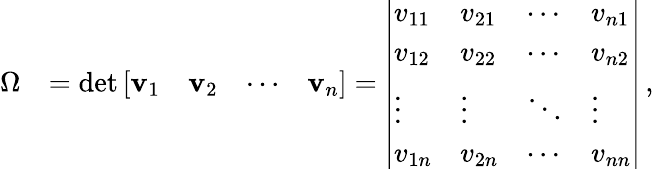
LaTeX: {\begin{array}{rl}{\Omega}&{=\operatorname*{det}{\left[\begin{array}{llll}{\mathbf{v}_{1}}&{\mathbf{v}_{2}}&{\cdots}&{\mathbf{v}_{n}}\end{array}\right]}={\left|\begin{array}{llll}{v_{11}}&{v_{21}}&{\cdots}&{v_{n1}}\\ {v_{12}}&{v_{22}}&{\cdots}&{v_{n2}}\\ {\vdots}&{\vdots}&{\ddots}&{\vdots}\\ {v_{1n}}&{v_{2n}}&{\cdots}&{v_{nn}}\end{array}\right|}}\end{array}}\, ,